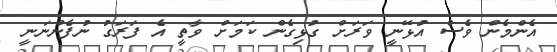
އެންމެން ވެސް އުޅޭނީ ވަރަށް ގުޅިގެން ކަމަށް ވާތީ އެ ފަރަގު ނުފެންނަނީ